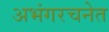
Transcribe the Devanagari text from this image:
अभंगरचनेत